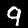
Label: 9